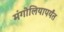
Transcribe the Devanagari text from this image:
मंगोलियापर्यंत